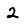
Digit: 2